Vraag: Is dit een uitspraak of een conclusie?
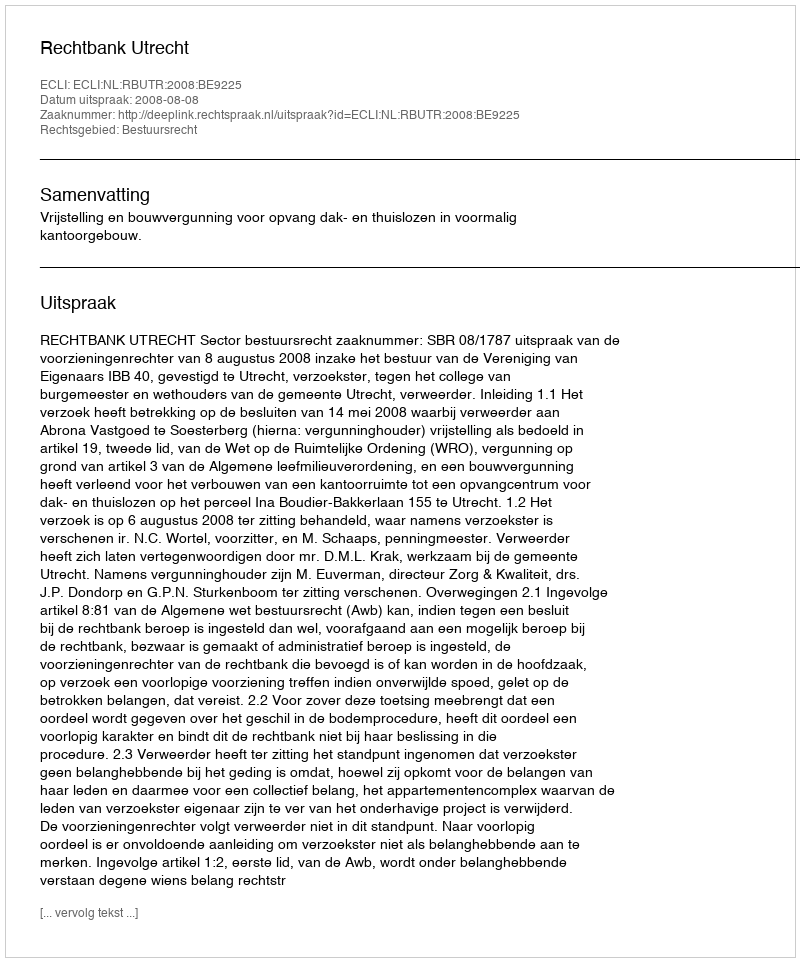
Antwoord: Uitspraak